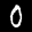
Label: 0